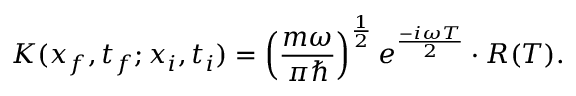
K ( x _ { f } , t _ { f } ; x _ { i } , t _ { i } ) = \left( { \frac { m \omega } { \pi \hbar } } \right) ^ { \frac { 1 } { 2 } } e ^ { \frac { - i \omega T } { 2 } } \cdot R ( T ) .